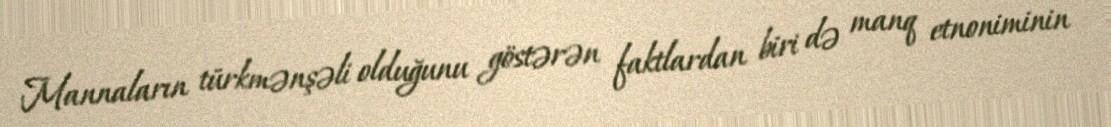
Mannaların türkmənşəli olduğunu göstərən faktlardan biri də manq etnoniminin